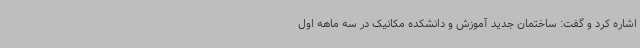
اشاره کرد و گفت: ساختمان جدید آموزش و دانشکده مکانیک در سه ماهه اول